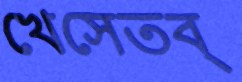
খেসেতব্